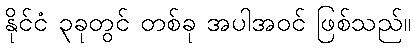
နိုင်ငံ ၃ခုတွင် တစ်ခု အပါအဝင် ဖြစ်သည်။